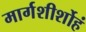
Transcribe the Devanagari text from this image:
मार्गशीर्शोहं